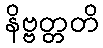
နိဗ္ဗတ္တတိ